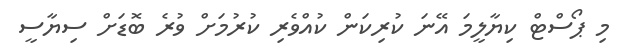
މި ޕޯސްޓް ކިޔާލީމަ އޭނަ ކުރިކަން ކުއްވެރި ކުރުމަށް ވުރެ ބޮޑަށް ސިޔާސީ